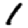
Digit: 1